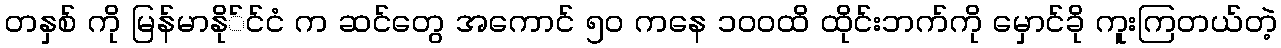
တနှစ် ကို မြန်မာနို်င်ငံ က ဆင်တွေ အကောင် ၅ဝ ကနေ ၁၀ဝထိ ထိုင်းဘက်ကို မှောင်ခို ကူးကြတယ်တဲ့